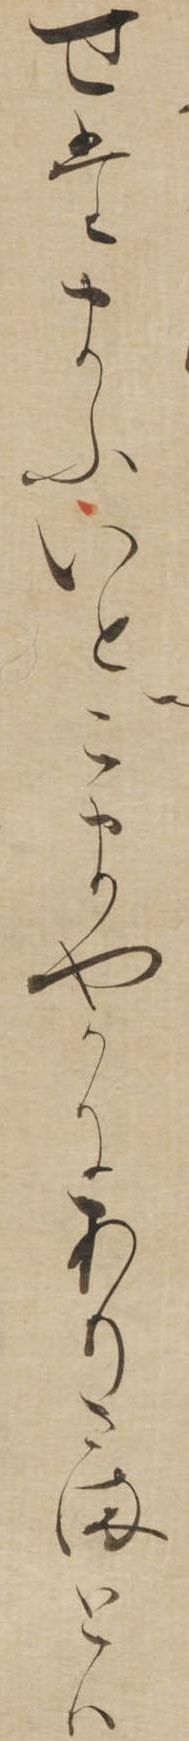
せたまふいとこまやかにありさまとは